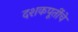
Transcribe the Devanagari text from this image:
दशकपूर्तीचे